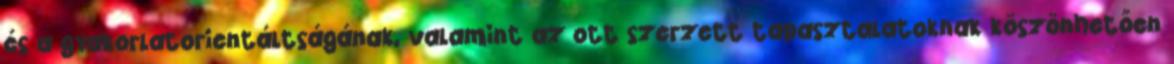
és a gyakorlatorientáltságának, valamint az ott szerzett tapasztalatoknak köszönhetően